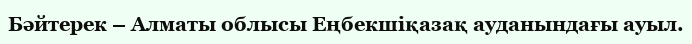
Бәйтерек – Алматы облысы Еңбекшіқазақ ауданындағы ауыл.